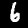
Label: 6